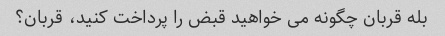
بله قربان چگونه می خواهید قبض را پرداخت کنید، قربان؟